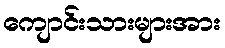
ကျောင်းသားများအား